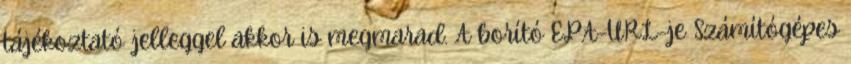
tájékoztató jelleggel akkor is megmarad. A borító EPA-URL-je Számítógépes